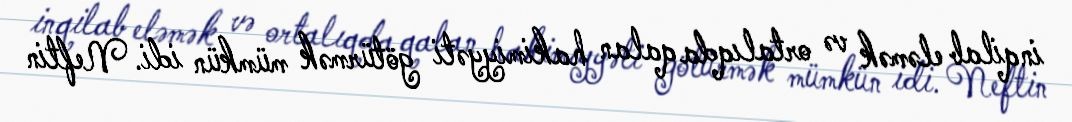
inqilab eləmək və ortalıqda qalan hakimiyyəti götürmək mümkün idi. Neftin